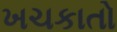
ખચકાતો